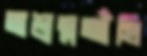
অশ্রম্নআঁখি